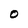
Character: O